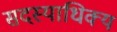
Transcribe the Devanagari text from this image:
सदस्याधिक्य